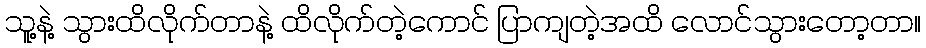
သူ့နဲ့ သွားထိလိုက်တာနဲ့ ထိလိုက်တဲ့ကောင် ပြာကျတဲ့အထိ လောင်သွားတော့တာ။